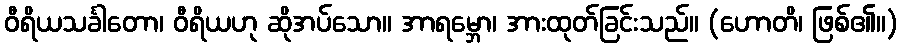
ဝီရိယသင်္ခါတော၊ ဝီရိယဟု ဆိုအပ်သော။ အာရမ္ဘော၊ အားထုတ်ခြင်းသည်။ (ဟောတိ၊ ဖြစ်၏။)